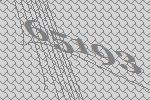
65193